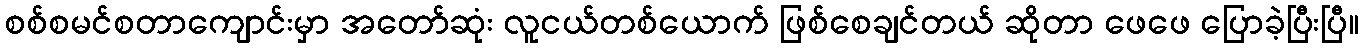
စစ်စမင်စတာကျောင်းမှာ အတော်ဆုံး လူငယ်တစ်ယောက် ဖြစ်စေချင်တယ် ဆိုတာ ဖေဖေ ပြောခဲ့ပြီးပြီ။